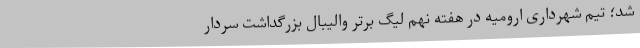
شد؛ تیم شهرداری ارومیه در هفته نهم لیگ برتر والیبال بزرگداشت سردار